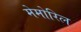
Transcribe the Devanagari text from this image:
मेमोरिल